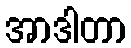
အာဒါတာ